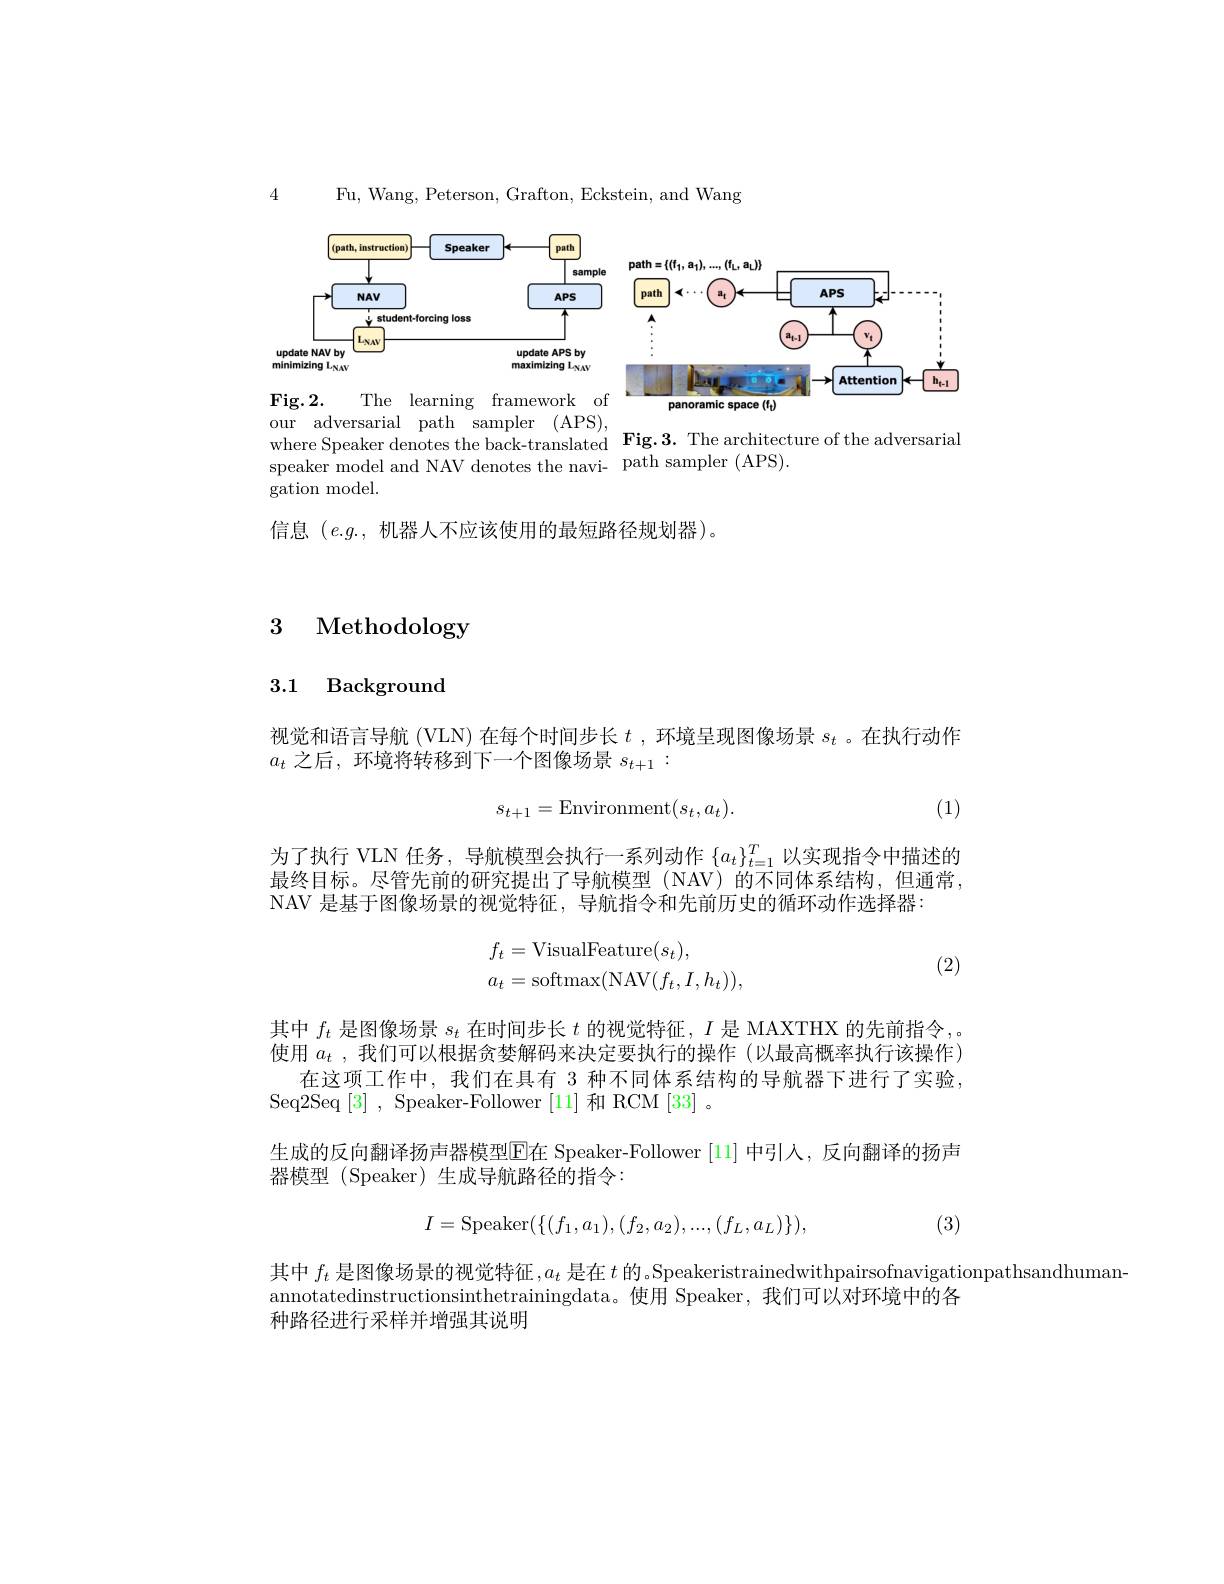
Fu, Wang, Peterson, Grafton, Eckstein, and Wang

4

<FigureHere>

<FigureHere>

The learning framework of
$\mathbf{Fig}.2.$
our adversarial path sampler (APS),
where Speaker denotes the back-translated Fig.3. The architecture of the adversarial
speaker model and NAV denotes the navi- path sam
gation model.

$信息$(e.g.$,机器人不应该使用的最短路径规划器)$。

## 3 Methodology

## 3.1 Background

视觉和语言导航 (VLN) 在每个时间步长$t$ ,环境呈现图像场景$s_t$ 。在执行动作
$a_t$之后，环境将转移到下一个图像场景$s_t+1:$

(1)
$$s_{t+1}=\text{Environment}(s_t,a_t).$$
为了执行 VLN 任务，导航模型会执行一系列动作$\{a_t\}_{t=1}^T$以实现指令中描述的最终目标。尽管先前的研究提出了导航模型(NAV)的不同体系结构，但通常， NAV 是基于图像场景的视觉特征，导航指令和先前历史的循环动作选择器：
$$\begin{aligned}f_t&=\mathrm{VisualFeature}(s_t),\\a_t&=\mathrm{softmax}(\mathrm{NAV}(f_t,I,h_t)),\end{aligned}$$
(2)

其中$f_t$是图像场景$s_t$在时间步长$t$的视觉特征，$I$是 MAXTHX 的先前指令，。使用$a_t$ ,我们可以根据贪婪解码来决定要执行的操作 (以最高概率执行该操作)
在这项工作中，我们在具有 3 种不同体系结构的导航器下进行了实验，
Seq2Seq [3] , Speaker-Follower [11] 和 RCM [33] 。
生成的反向翻译扬声器模型$\boxed{\mathrm{F}}$在 Speaker-Follower [11] 中引人，反向翻译的扬声
器模型 (Speaker) 生成导航路径的指令：
$$I=\mathrm{Speaker}(\{(f_1,a_1),(f_2,a_2),...,(f_L,a_L)\}),$$
(3)

其中$f_t$是图像场景的视觉特征$,a_t$是在$t$的 .Speakeristrainedwithpairsofnavigationpathsandhuman-
annotatedinstructionsinthetrainingdata。使用 Speaker, 我们可以对环境中的各
种路径进行采样并增强其说明